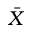
\bar { X }